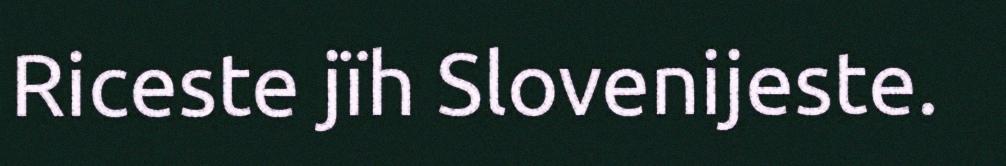
Riceste jïh Slovenijeste.